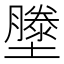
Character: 𭐂